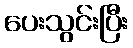
ပေးသွင်းပြီး